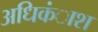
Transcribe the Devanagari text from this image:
अधिकंाश